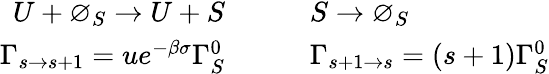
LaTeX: \begin{array}{rl}{U+\varnothing_{S}\to U+S\qquad}&{{}S\to\varnothing_{S}}\\ {\Gamma_{s\to s+1}=ue^{-\beta\sigma}\Gamma_{S}^{0}\quad\quad}&{{}\Gamma_{s+1\to s}=(s+1)\Gamma_{S}^{0}}\end{array}